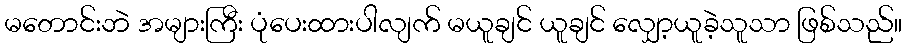
မတောင်းဘဲ အများကြီး ပုံပေးထားပါလျက် မယူချင် ယူချင် လျှော့ယူခဲ့သူသာ ဖြစ်သည်။